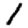
Digit: 1